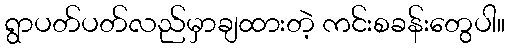
ရွာပတ်ပတ်လည်မှာချထားတဲ့ ကင်းစခန်းတွေပါ။